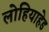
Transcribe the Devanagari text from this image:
लोहियाहेड